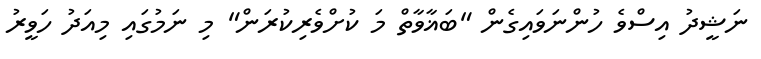
ނަޝީދު އިސްވެ ހުންނަވައިގެން "ބަޣާވާތް މަ ކުށްވެރިކުރަން" މި ނަމުގައި މިއަދު ހަވީރު